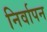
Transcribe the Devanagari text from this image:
निर्वापन